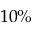
1 0 \%